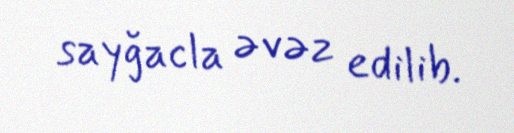
sayğacla əvəz edilib.